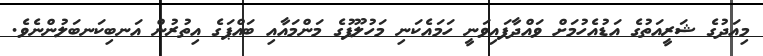
މިއަދުގެ ޝަރީއަތުގެ އަޑުއެހުމަށް ވައްދާފައިވަނީ ހަމައެކަނި މަހުލޫފުގެ މަންމައާއި ބައްޕަގެ އިތުރުން އަނބިކަނބަލުންނެވެ.